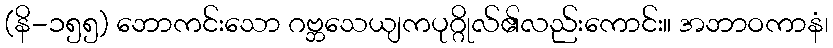
(နိ-၁၅၅) ဘောကင်းသော ဂဗ္ဘသေယျကပုဂ္ဂိုလ်၏လည်းကောင်း။ အဘာဝကာနံ၊